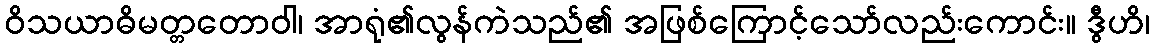
ဝိသယာဓိမတ္တတောဝါ၊ အာရုံ၏လွန်ကဲသည်၏ အဖြစ်ကြောင့်သော်လည်းကောင်း။ ဒွီဟိ၊